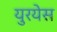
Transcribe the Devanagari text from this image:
युरयेस